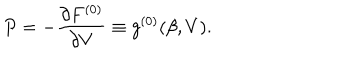
P = - \frac { \partial F ^ { ( 0 ) } } { \partial V } \equiv g ^ { ( 0 ) } ( \beta , V ) .